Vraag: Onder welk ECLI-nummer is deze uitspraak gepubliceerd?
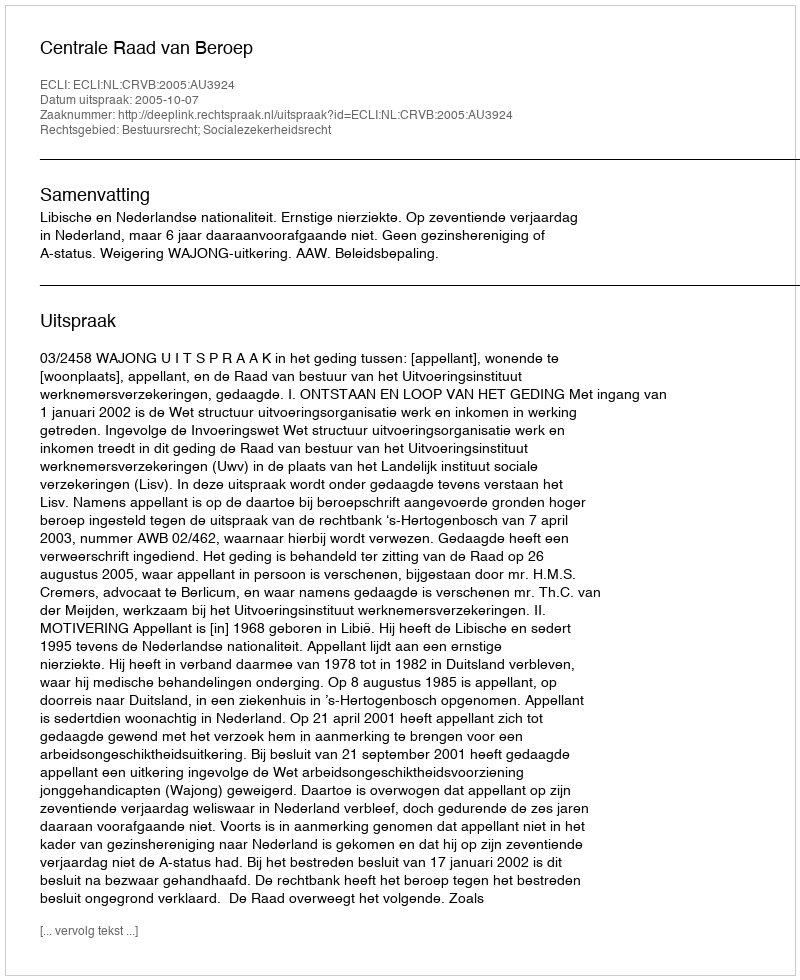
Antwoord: ECLI:NL:CRVB:2005:AU3924